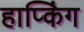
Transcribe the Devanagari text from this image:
हाप्किंग